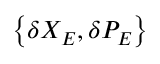
\left\{ \delta { { X } _ { E } } , \delta { { P } _ { E } } \right\}